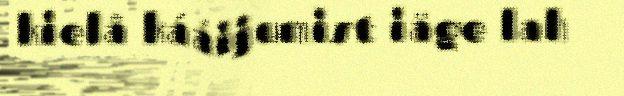
kielâ kááijumist iäge lah